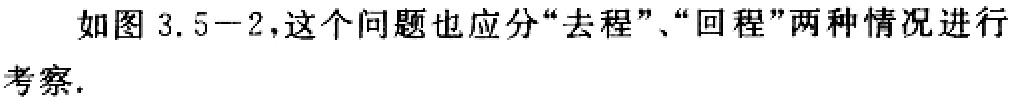
如图 3.5−2，这个问题也应分“去程”、“回程”两种情况进行考察.